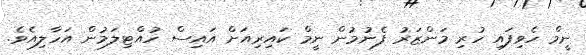
ނީމް ހެވިފައި ހުރި މަންޒަރު ފެނުމުން ނީމް ކައިރިއަށް އައިސް ހުއްޓިލަމުން އަހާލިއެވެ.